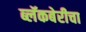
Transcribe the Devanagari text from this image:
ब्लॅकबेरीचा